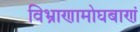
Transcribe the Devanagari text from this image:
विभ्राणामोघबाणं